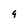
Character: 9